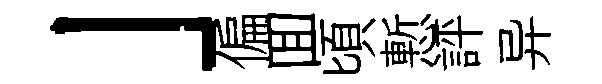
」偏囬頃慙評异